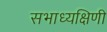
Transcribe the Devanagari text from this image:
सभाध्यक्षिणी